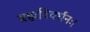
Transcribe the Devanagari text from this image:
ब्रह्मविवर्धनः।